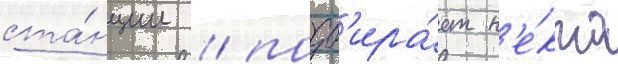
ста́нции / подб'ира́ет н'е́кто